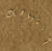
إنتباهك